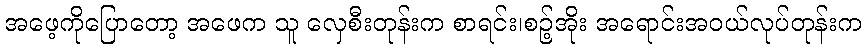
အဖေ့ကိုပြောတော့ အဖေက သူ လှေစီးတုန်းက စာရင်း၊စဉ့်အိုး အရောင်းအဝယ်လုပ်တုန်းက